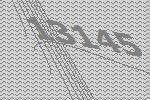
13145